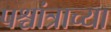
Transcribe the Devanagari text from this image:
पश्चांत्राच्या